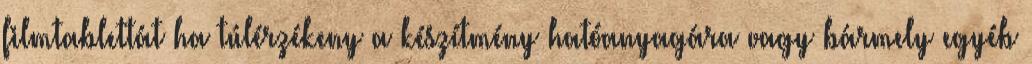
filmtablettát ha túlérzékeny a készítmény hatóanyagára vagy bármely egyéb